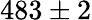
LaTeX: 483\pm 2